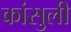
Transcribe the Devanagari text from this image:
कांसुली